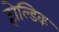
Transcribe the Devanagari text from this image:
होल्डिक